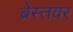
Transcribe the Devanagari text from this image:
ब्रेस्तवर